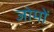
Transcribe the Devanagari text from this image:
जोमों